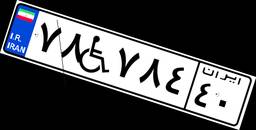
۳۶W۰۳۷۳۵